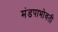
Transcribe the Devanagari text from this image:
मंडपाभोवती